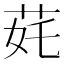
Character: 䒲